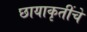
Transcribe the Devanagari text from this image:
छायाकृतींचे